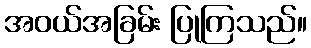
အဝယ်အခြမ်း ပြုကြသည်။